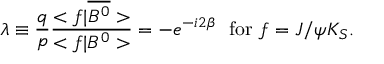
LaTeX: \lambda \equiv \frac { q } { p } \frac { < f | \overline { { { B ^ { 0 } } } } > } { < f | B ^ { 0 } > } = - e ^ { - i 2 \beta } \ \mathrm { ~ f o r ~ } f = J / \psi K _ { S } .